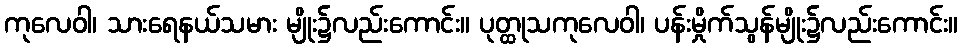
ကုလေဝါ၊ သားရေနယ်သမား မျိုး၌လည်းကောင်း။ ပုတ္ထုသကုလေဝါ၊ ပန်းမှိုက်သွန်မျိုး၌လည်းကောင်း။